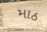
માઠ